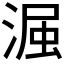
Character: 𮳋